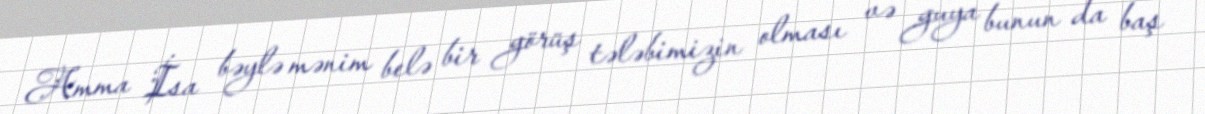
Amma İsa bəylə mənim belə bir görüş tələbimizin olması və guya bunun da baş